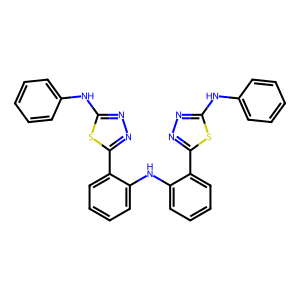
SMILES: c1ccc(Nc2nnc(-c3ccccc3Nc3ccccc3-c3nnc(Nc4ccccc4)s3)s2)cc1
Inhibits HIV replication: No